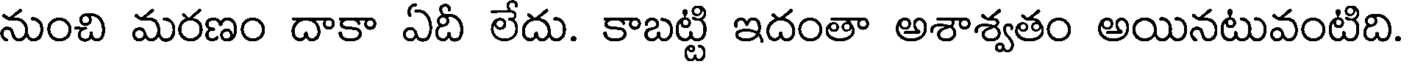
నుంచి మరణం దాకా ఏదీ లేదు. కాబట్టి ఇదంతా అశాశ్వతం అయినటువంటిది